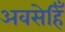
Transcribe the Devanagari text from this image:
अवसेहिँ